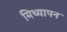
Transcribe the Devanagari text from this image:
मिथ्यापन